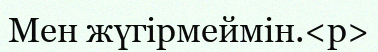
Мен жүгірмеймін.<p>